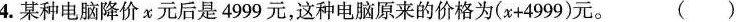
4.某种电脑降价x元后是4999元，这种电脑原来的价格为(x+4999)元。 ( )